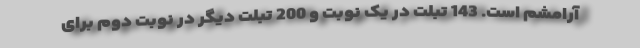
آرامشم است. 143 تبلت در یک نوبت و 200 تبلت دیگر در نوبت دوم برای